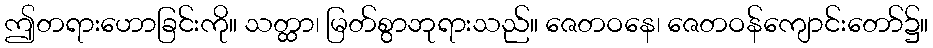
ဤတရားဟောခြင်းကို။ သတ္ထာ၊ မြတ်စွာဘုရားသည်။ ဇေတဝနေ၊ ဇေတဝန်ကျောင်းတော်၌။